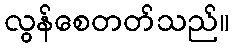
လွန်စေတတ်သည်။